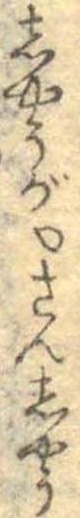
しやうが○さんしやう